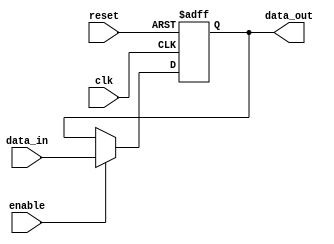
module OutputRegister #(
    parameter DATA_WIDTH = 8  // Parameter to define the width of the data bus
)(
    input wire clk,            // Clock input
    input wire reset,          // Asynchronous reset input
    input wire enable,         // Enable input to control data latching
    input wire [DATA_WIDTH-1:0] data_in,  // Data input bus
    output reg [DATA_WIDTH-1:0] data_out   // Data output bus
);

    // Asynchronous reset and synchronous data latching
    always @(posedge clk or posedge reset) begin
        if (reset) begin
            data_out <= {DATA_WIDTH{1'b0}}; // Initialize output to zero
        end else if (enable) begin
            data_out <= data_in; // Latch the input data on the clock edge if enabled
        end
        // If enable is low, data_out retains its previous value
    end

endmodule